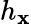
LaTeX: h_{\mathbf{x}}